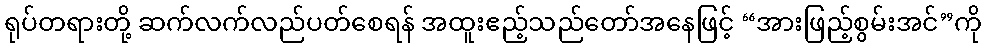
ရုပ်တရားတို့ ဆက်လက်လည်ပတ်စေရန် အထူးဧည့်သည်တော်အနေဖြင့် “အားဖြည့်စွမ်းအင်”ကို